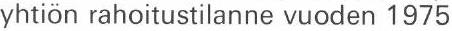
yhtiön rahoitustilanne vuoden 1975